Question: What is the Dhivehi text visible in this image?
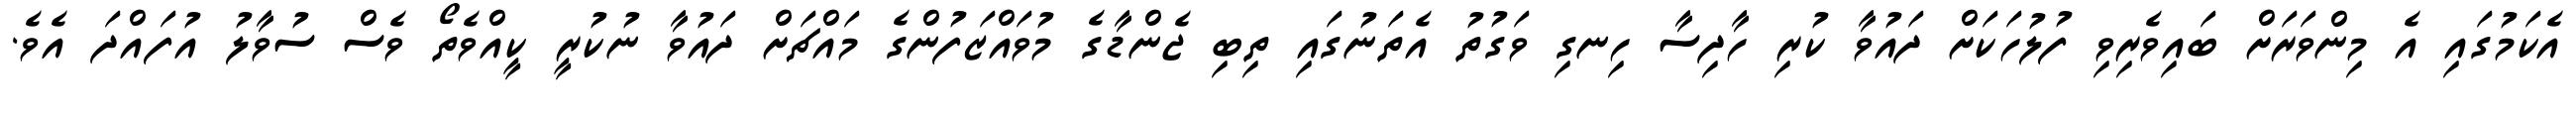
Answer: އެކަމުގައި އެ މިންވަރަށް ބައިވެރިވި ފުލުހަކަށް ދައުވާ ކުރި ހާދިސާ ހިނގި ވަގުތު އެތަނުގައި ތިބި ޖެންޑާގެ މުވައްޒަފުންގެ މައްޗަށް ދައުވާ ނުކުރީ ކީއްވެތޯ ވެސް ސުވާލު އުފައްދަ އެވެ.